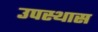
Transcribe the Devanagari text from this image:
उपस्थास